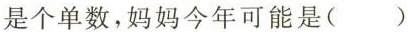
是个单数，妈妈今年可能是()